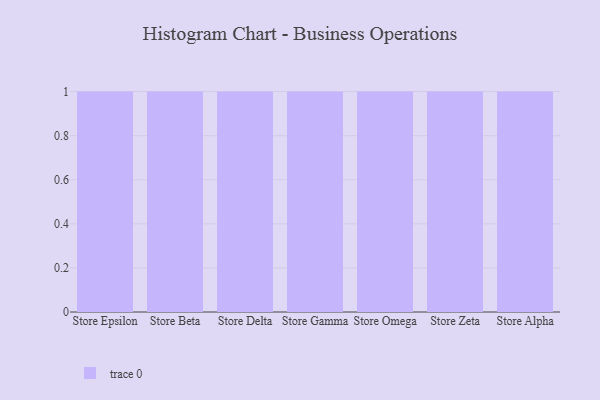
{"axis": {"x": "Store", "y": "Inventory Turnover"}, "legend": [""], "data": [{"x": "Store Epsilon", "y": 26, "type": ""}, {"x": "Store Beta", "y": 32, "type": ""}, {"x": "Store Delta", "y": 15, "type": ""}, {"x": "Store Gamma", "y": 21, "type": ""}, {"x": "Store Omega", "y": 23, "type": ""}, {"x": "Store Zeta", "y": 27, "type": ""}, {"x": "Store Alpha", "y": 22, "type": ""}]}